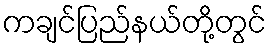
ကချင်ပြည်နယ်တို့တွင်